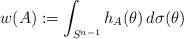
LaTeX: \begin{align*}w(A):=\int_{S^{n-1}}h_A(\theta )\,d\sigma (\theta )\end{align*}